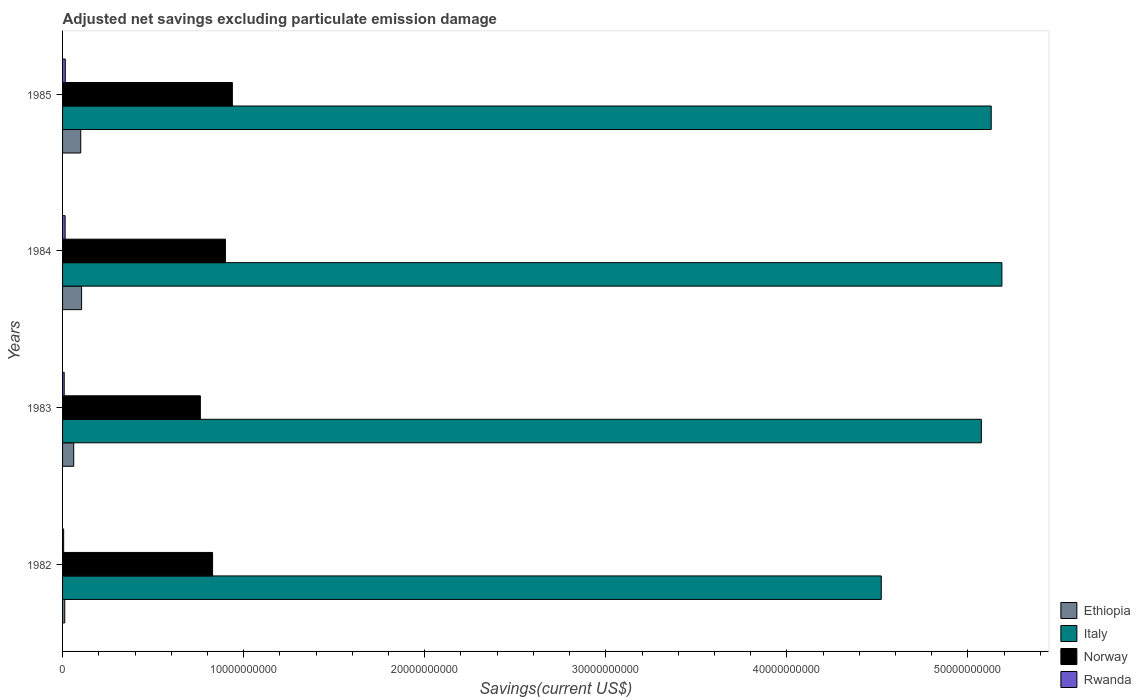
| Years | Ethiopia | Italy | Norway | Rwanda |
 | --- | --- | --- | --- | --- |
 | 1982 | 1.22e+08 | 4.52e+10 | 8.28e+09 | 5.99e+07 |
 | 1983 | 6.16e+08 | 5.07e+10 | 7.61e+09 | 9.06e+07 |
 | 1984 | 1.05e+09 | 5.19e+10 | 9e+09 | 1.42e+08 |
 | 1985 | 1e+09 | 5.13e+10 | 9.38e+09 | 1.5e+08 |